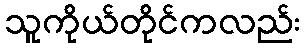
သူကိုယ်တိုင်ကလည်း